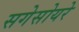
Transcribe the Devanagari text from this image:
सगेसोयरे